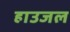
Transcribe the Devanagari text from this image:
हाउजल